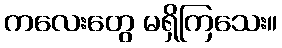
ကလေးတွေ မရှိကြသေး။